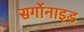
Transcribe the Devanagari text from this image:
सर्गोनाइड